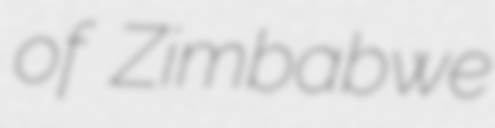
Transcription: of Zimbabwe